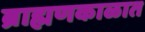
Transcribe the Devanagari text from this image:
ब्राह्मणकाळात